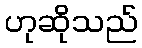
ဟုဆိုသည်